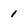
Character: 1